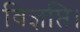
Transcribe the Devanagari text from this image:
विज्ञप्ति।